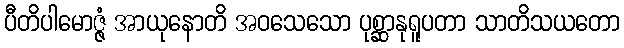
ပီတိပါမောဇ္ဇံ အာယုနောတိ အဝသေသော ပုစ္ဆာနုရူပတာ သာတိသယတော